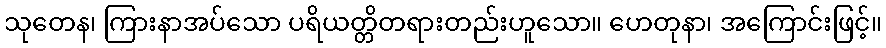
သုတေန၊ ကြားနာအပ်သော ပရိယတ္တိတရားတည်းဟူသော။ ဟေတုနာ၊ အကြောင်းဖြင့်။